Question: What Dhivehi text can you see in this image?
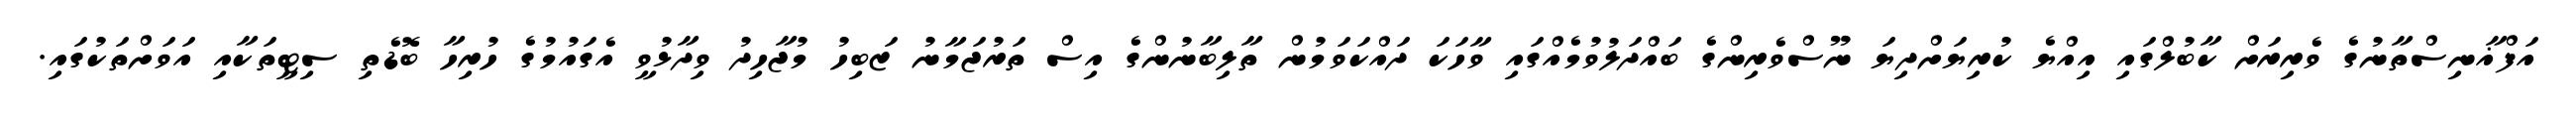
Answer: އަފްޣާނިސްތާނުގެ ވެރިރަށް ކާބުލްގައި އިއްޔެ ކުރިޔަށްދިޔަ ނޫސްވެރިންގެ ބައްދަލުވުމެއްގައި ވާހަކަ ދައްކަވަމުން ތާލިބާނުންގެ އިސް ތަރުޖަމާނު ޒަބިހު މުޖާހިދު ވިދާޅުވީ އެގައުމުގެ ހުރިހާ ބޮޑެތި ސިޓީތަކާއި އަވަށްތަކުގައި.